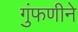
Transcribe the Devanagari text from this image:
गुंफणीने